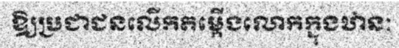
ឱ្យប្រជាជនលើកតម្កើងលោកក្នុងឋានៈ